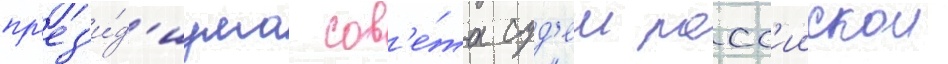
пр'ез'и́д'иума сов'е́та суд'еи росс'иискои